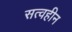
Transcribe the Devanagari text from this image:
सत्वहीन